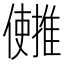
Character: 𫤄